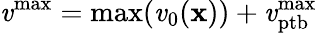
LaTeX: \mathit{v}^{\mathrm{{max}}}=\mathrm{{max}}(\mathit{v}_{0}({\mathbf{x}}))+\mathit{v}_{\mathrm{{ptb}}}^{\mathrm{{max}}}